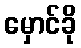
မှောင်ခို